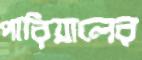
পারিয়ালের